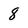
Character: 8